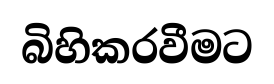
බිහිකරවීමට